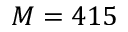
M = 4 1 5